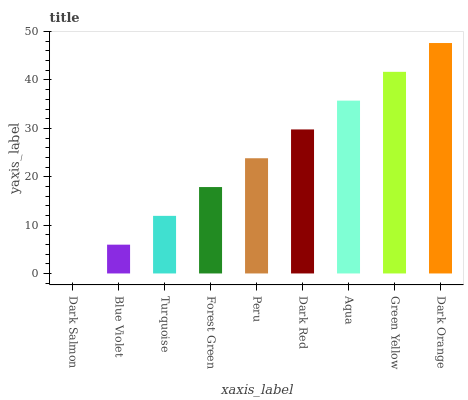
| xaxis_label | bars |
 | --- | --- |
 | Dark Salmon | 0 |
 | Blue Violet | 5.96 |
 | Turquoise | 11.9 |
 | Forest Green | 17.9 |
 | Peru | 23.8 |
 | Dark Red | 29.8 |
 | Aqua | 35.7 |
 | Green Yellow | 41.7 |
 | Dark Orange | 47.6 |